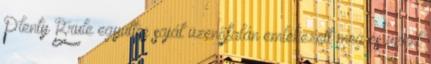
Plenty Brule együttes saját üzenőfalán emlékezett meg és üzent